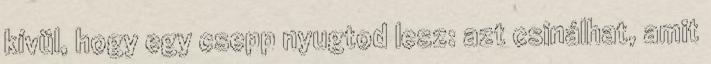
kívül, hogy egy csepp nyugtod lesz: azt csinálhat, amit